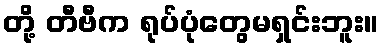
တို့ တီဗီက ရုပ်ပုံတွေမရှင်းဘူး။